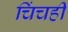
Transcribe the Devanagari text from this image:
चिंचही